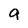
Character: a